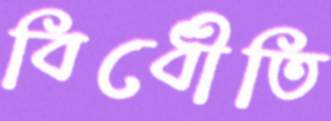
বিধৌতি